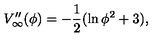
V _ { \infty } ^ { \prime \prime } ( \phi ) = - \frac { 1 } { 2 } ( \ln \phi ^ { 2 } + 3 ) ,